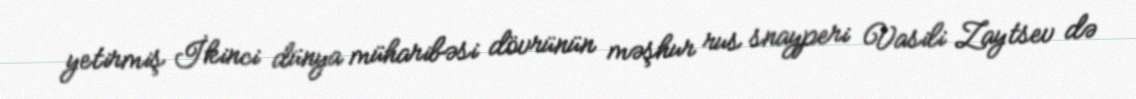
yetirmiş İkinci dünya müharibəsi dövrünün məşhur rus snayperi Vasili Zaytsev də